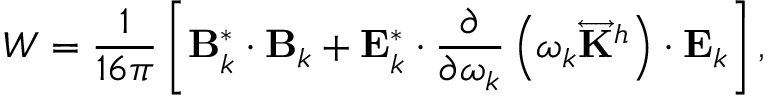
W = \frac { 1 } { 1 6 \pi } \left[ \mathbf { { B } } _ { k } ^ { \ast } \cdot \mathbf { { B } } _ { k } + \mathbf { { E } } _ { k } ^ { \ast } \cdot \frac { \partial } { \partial \omega _ { k } } \left( \omega _ { k } \overleftrightarrow { \mathbf { K } } ^ { h } \right) \cdot \mathbf { { E } } _ { k } \right] ,